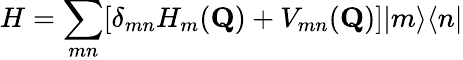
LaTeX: H=\sum_{mn}[\delta_{mn}H_{m}(\mathbf{Q})+V_{mn}(\mathbf{Q})]|m\rangle\langle n|